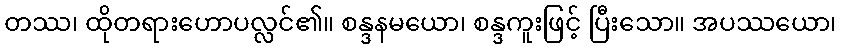
တဿ၊ ထိုတရားဟောပလ္လင်၏။ စန္ဒနမယော၊ စန္ဒကူးဖြင့် ပြီးသော။ အပဿယော၊